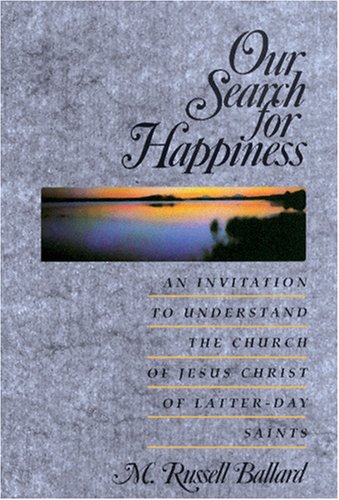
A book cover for Our Search for Happiness; M Russell Ballard; Christian Books & Bibles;